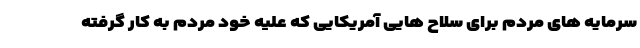
سرمایه های مردم برای سلاح هایی آمریکایی که علیه خود مردم به کار گرفته